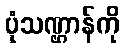
ပုံသဏ္ဌာန်ကို